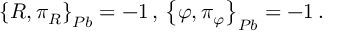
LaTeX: \left\{ R , \pi _ { R } \right\} _ { P b } = - 1 \, , \, \left\{ \varphi , \pi _ { \varphi } \right\} _ { P b } = - 1 \, .